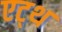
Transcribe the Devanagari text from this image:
एट्थ